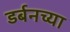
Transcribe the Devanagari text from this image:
डर्बनच्या